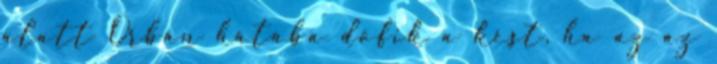
alatt Orbán hátába döfik a kést, ha az az